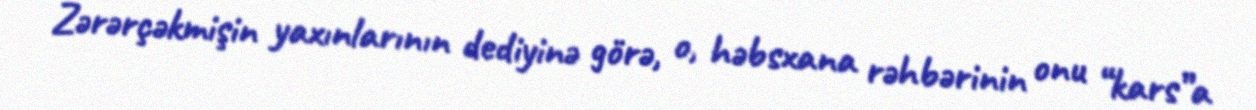
Zərərçəkmişin yaxınlarının dediyinə görə, o, həbsxana rəhbərinin onu “kars”a